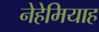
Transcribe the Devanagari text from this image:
नेहेमियाह